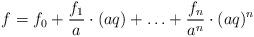
LaTeX: \begin{align*}f=f_0+\frac{f_1}{a}\cdot(aq)+\ldots+\frac{f_n}{a^n}\cdot(aq)^n\end{align*}